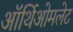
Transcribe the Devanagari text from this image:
ऑर्थिओमलेट